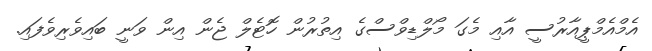
އެމްއެމްޕީއާރުސީ އާއި މެގަ މޯލްޑިވްސްގެ އިތުރުން ހޮޓެލް ޖެން އިން ވަނީ ބައިވެރިވެފައި.